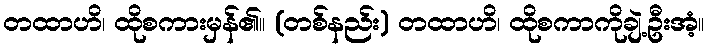
တထာဟိ၊ ထိုစကားမှန်၏။ (တစ်နည်း) တထာဟိ၊ ထိုစကာကိုချဲ့ဦးအံ့။